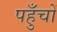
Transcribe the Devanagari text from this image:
पहुँचों